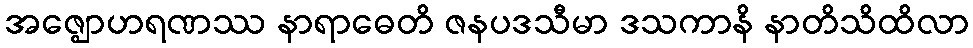
အဇ္ဈောဟရဏဿ နာရာဓေတိ ဇနပဒသီမာ ဒသကာနိ နာတိသိထိလာ